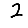
Digit: 2